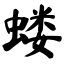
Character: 蝼